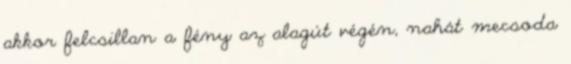
akkor felcsillan a fény az alagút végén, nahát mecsoda